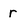
Character: r